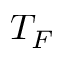
T _ { F }